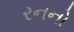
રનનો